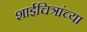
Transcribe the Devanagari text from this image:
शाईचित्रांच्या